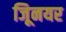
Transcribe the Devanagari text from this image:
जूिनयर